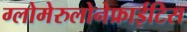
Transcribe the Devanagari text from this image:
ग्लोमेरुलोनेफ्राईटिस